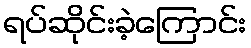
ရပ်ဆိုင်းခဲ့ကြောင်း